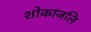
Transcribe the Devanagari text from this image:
शोकांजलि